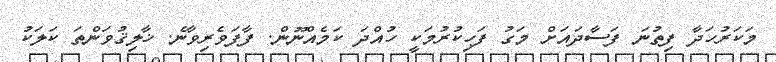
މަކަރުހަދާ ފިތުނަ ފަސާދައަށް މަގު ފަހިކުރުމަކީ ހުއްދަ ކަމެއްނޫން. ފާފަވެރިވާނެ. ޚާލިޤުވަންތަ ކަލަކު